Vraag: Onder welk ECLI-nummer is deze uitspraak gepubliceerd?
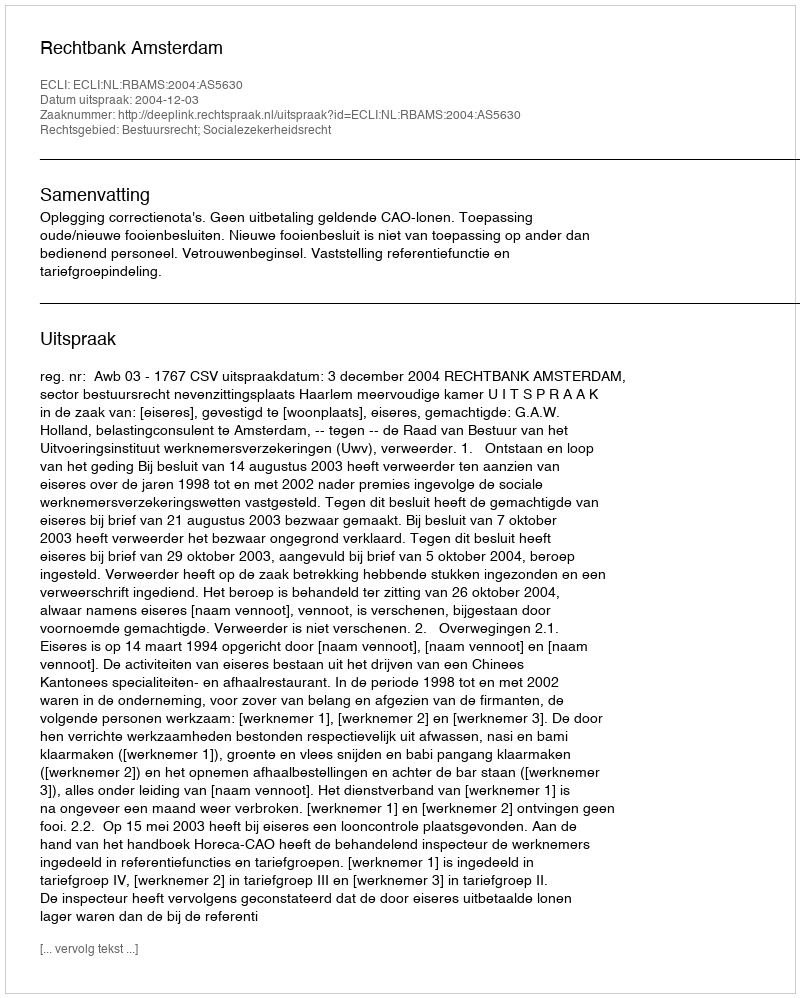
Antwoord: ECLI:NL:RBAMS:2004:AS5630